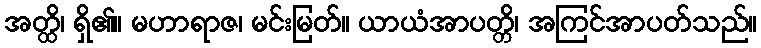
အတ္ထိ၊ ရှိ၏။ မဟာရာဇ၊ မင်းမြတ်။ ယာယံအာပတ္တိ၊ အကြင်အာပတ်သည်။